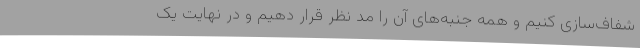
شفاف‌سازی کنیم و همه جنبه‌های آن را مد نظر قرار دهیم و در نهایت یک